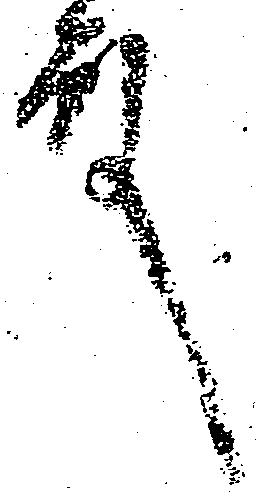
殿